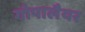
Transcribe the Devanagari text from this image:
गोपालैयर